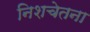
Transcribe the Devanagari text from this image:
निशचेतना